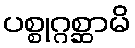
ပစ္စုဂ္ဂစ္ဆာမိ